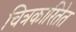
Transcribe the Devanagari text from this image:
चित्रकारितेत